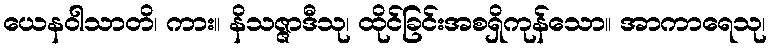
ယေနဝါသာတိ၊ ကား။ နိသဇ္ဇာဒီသု၊ ထိုင်ခြင်းအစရှိကုန်သော။ အာကာရေသု၊